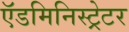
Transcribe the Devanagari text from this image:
ऍडमिनिस्ट्रेटर